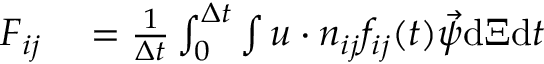
\begin{array} { r l } { \boldsymbol { F } _ { i j } } & { { } = \frac { 1 } { \Delta t } \int _ { 0 } ^ { \Delta t } \int \boldsymbol { u } \cdot \boldsymbol { n } _ { i j } f _ { i j } ( t ) { \vec { \psi } } \mathrm { d } \boldsymbol { \Xi } \mathrm { d } t } \end{array}